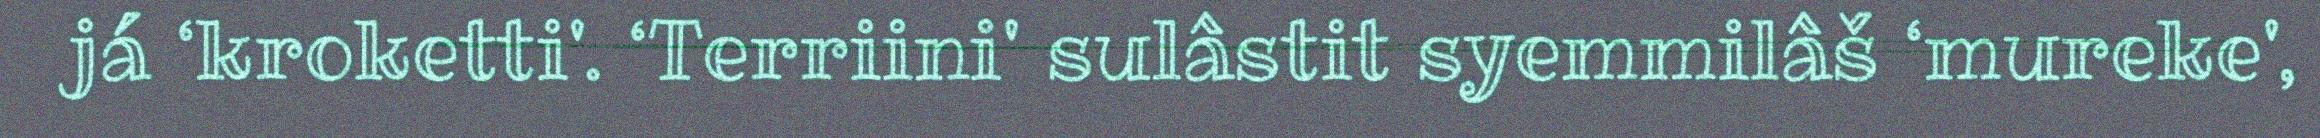
já ‘kroketti'. ‘Terriini' sulâstit syemmilâš ‘mureke',